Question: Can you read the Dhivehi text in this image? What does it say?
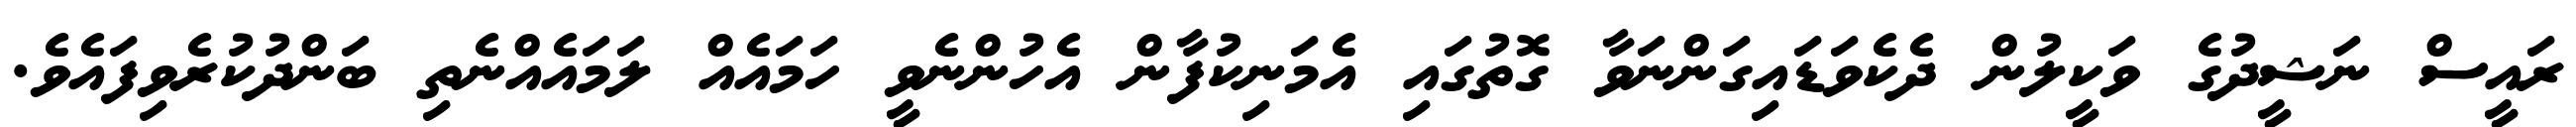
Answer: ރައީސް ނަޝީދުގެ ވަކީލުން ދެކެވަޑައިގަންނަވާ ގޮތުގައި އެމަނިކުފާން އެހުންނެވީ ހަމައެއް ލަމައެއްނެތި ބަންދުކުރެވިފައެވެ.